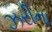
ઝરીના